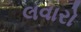
લવારો